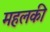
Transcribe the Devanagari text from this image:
महलकी